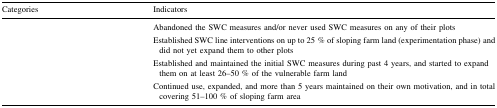
<table><thead><tr><td><b>Categories</b></td><td><b>Indicators</b></td></tr></thead><tbody><tr><td>[EMPTY_CELL]</td><td>Abandoned the SWC measures and/or never used SWC measures on any of their plots</td></tr><tr><td>[EMPTY_CELL]</td><td>Established SWC line interventions on up to 25 % of sloping farm land (experimentation phase) and did not yet expand them to other plots</td></tr><tr><td>[EMPTY_CELL]</td><td>Established and maintained the initial SWC measures during past 4 years, and started to expand them on at least 26–50 % of the vulnerable farm land</td></tr><tr><td>[EMPTY_CELL]</td><td>Continued use, expanded, and more than 5 years maintained on their own motivation, and in total covering 51–100 % of sloping farm area</td></tr></tbody></table>